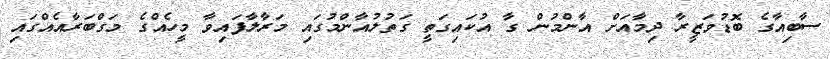
ސާބިއާގެ ބޮޑުވަޒީރާ ދިމާއަށް އާންމުން ގާ އުކައިގަތީ ގަތުލުއާންމުގައި މަރާލާފައިވާ މީހެއްގެ މަގްބަރާއެއްގައި